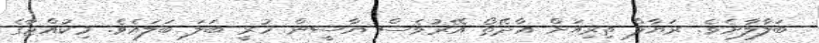
ބަލާލާށެވެ. ރަޔާލް ތިރިއަށް އާދޭތޯ އޭރުވެސް ޔާސީން ހުރީ ބަލަ ބަލައެވެ. މިކުއްޖާގެ